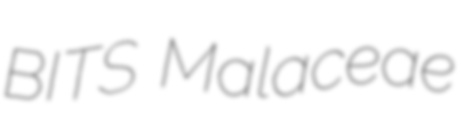
BITS Malaceae